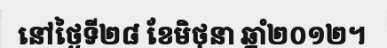
នៅថ្ងៃទី២៨ ខែមិថុនា ឆ្នាំ២០១២។